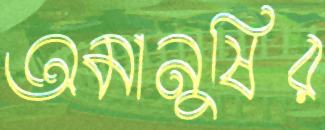
অমানুষির